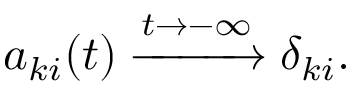
a _ { k i } ( t ) \xrightarrow { t \to - \infty } \delta _ { k i } .